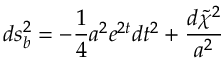
d s _ { b } ^ { 2 } = - \frac { 1 } { 4 } a ^ { 2 } e ^ { 2 t } d t ^ { 2 } + \frac { d \tilde { \chi } ^ { 2 } } { a ^ { 2 } }